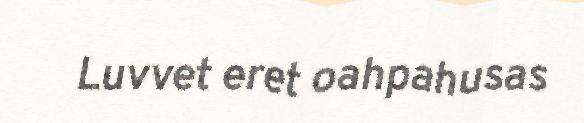
Luvvet eret oahpahusas